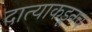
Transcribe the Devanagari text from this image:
दात्याकडूनच